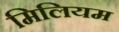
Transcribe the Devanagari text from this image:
मिलियम